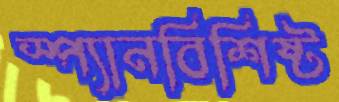
স্প্যানবিশিষ্ট